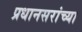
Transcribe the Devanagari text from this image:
प्रधानसरांच्या